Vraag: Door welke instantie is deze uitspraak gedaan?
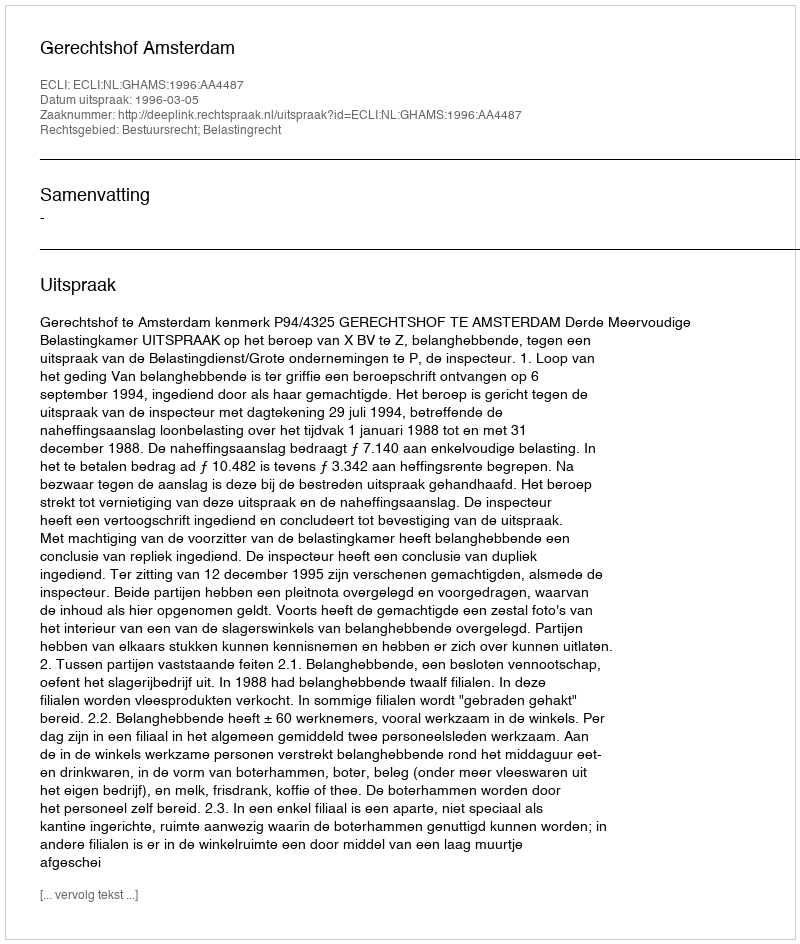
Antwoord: Gerechtshof Amsterdam